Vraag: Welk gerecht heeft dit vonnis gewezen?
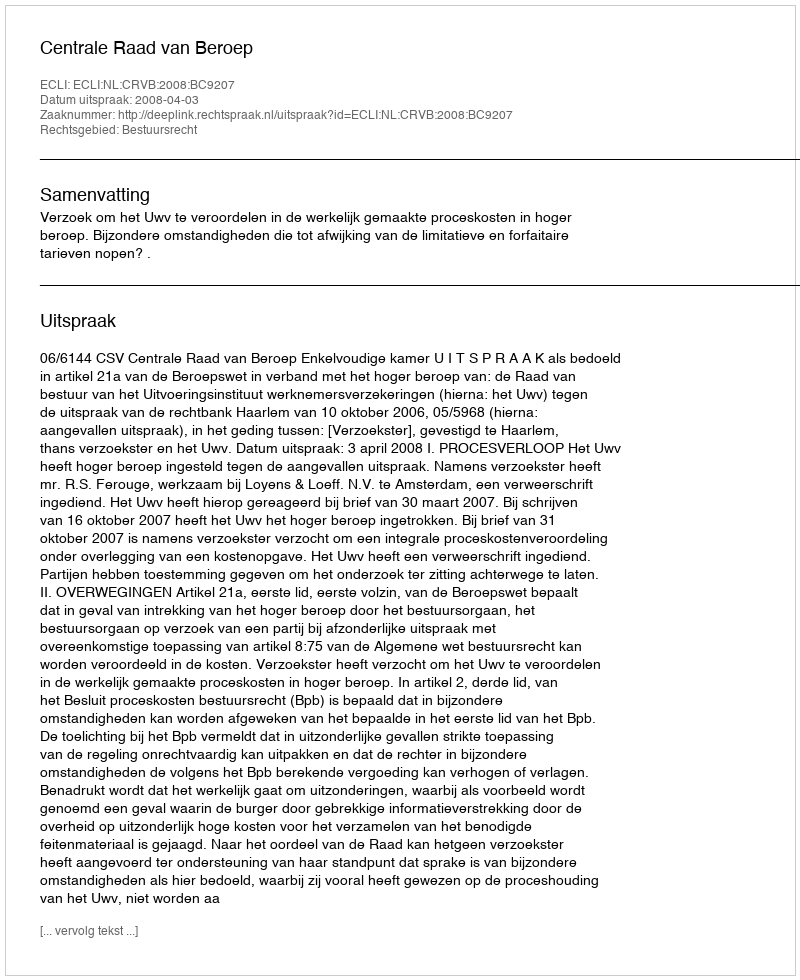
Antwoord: Centrale Raad van Beroep